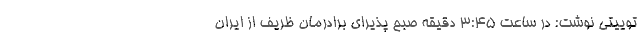
توییتی نوشت: در ساعت ۳:۴۵ دقیقه صبح پذیرای برادرمان ظریف از ایران